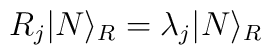
R_j |N \rangle_R = \lambda_j |N \rangle_R